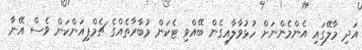
އަދި މާލޭގައި އެންމެންނަށް ހުޅުވާލާއިގެން ބޭއްވި ޓެކަން މުބާރާތެއްގެ ޗެމްޕިއަންކަން ވެސް އޭނާ